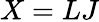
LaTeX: X=LJ